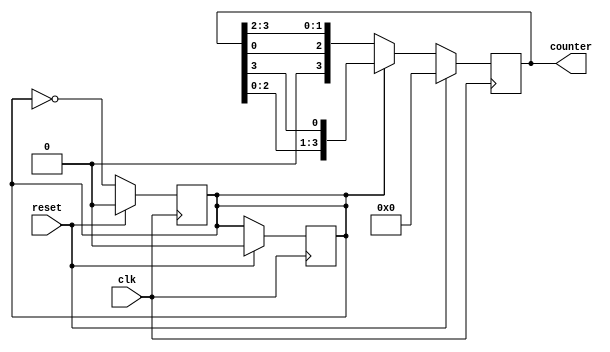
module Johnson_counter (
    input clk,
    input reset,
    output reg [n-1:0] counter
);

parameter n = 4; // number of bits in the Johnson counter

reg direction; // 0 for left shift, 1 for right shift

// Johnson counter logic
always @(posedge clk) begin
    if (reset) begin
        counter <= 0;
        direction <= 0;
    end else begin
        if (direction) begin
            counter <= {counter[n-2:0], counter[n-1]}; // right shift
        end else begin
            counter <= {counter[0], counter[n-1:n-2]}; // left shift
        end
    end
end

// State transition logic
always @(posedge clk) begin
    if (reset) begin
        direction <= 0;
    end else begin
        direction <= ~direction; // toggle direction on every clock cycle
    end
end

endmodule